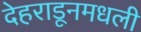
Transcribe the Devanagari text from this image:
देहराडूनमधली